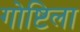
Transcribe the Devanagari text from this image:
गोष्टिला